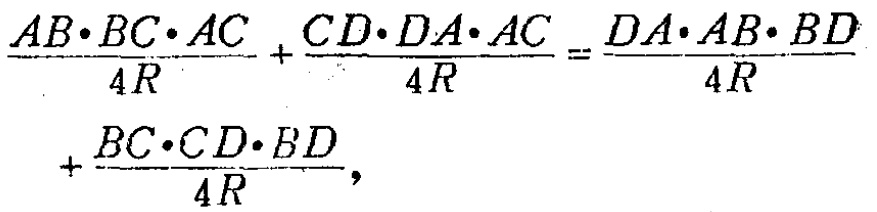
\[\frac{AB\cdot BC\cdot AC}{4R}+\frac{CD\cdot DA\cdot AC}{4R}=\frac{DA\cdot AB\cdot BD}{4R}+\frac{BC\cdot CD\cdot BD}{4R},\]